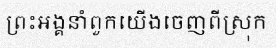
ព្រះអង្គនាំពួកយើងចេញពីស្រុក